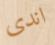
اندى